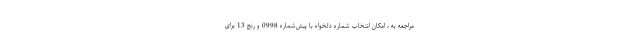
مراجعه به ، امکان انتخاب شماره دلخواه با پیش‌شماره 0998 و رنج 13 برای